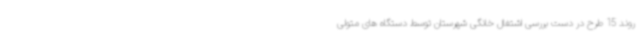
روند 15 طرح در دست بررسی اشتغال خانگی شهرستان توسط دستگاه های متولی